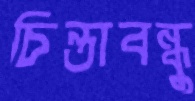
চিন্তাবন্ধু